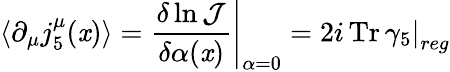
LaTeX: \langle\partial_{\mu}j_{5}^{\mu}(\mathit{x})\rangle=\left.\frac{{\delta\ln{\mathcal{J}}}}{{\delta\alpha(\mathit{x})}}\right|_{\alpha=0}=\left.2i\, \mathrm{{Tr}}\, \gamma_{5}\right|_{reg}